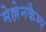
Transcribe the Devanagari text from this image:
मेल्लेनकैम्प